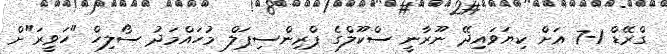
ގްރޭޑް 1-7 އަށް ކިޔަވައިދޭ ނޫރާނީ ސްކޫލްގެ ޕްރިންސިޕަލް މުހައްމަދު ސޯލިހް "ހަވީރަ"ށް